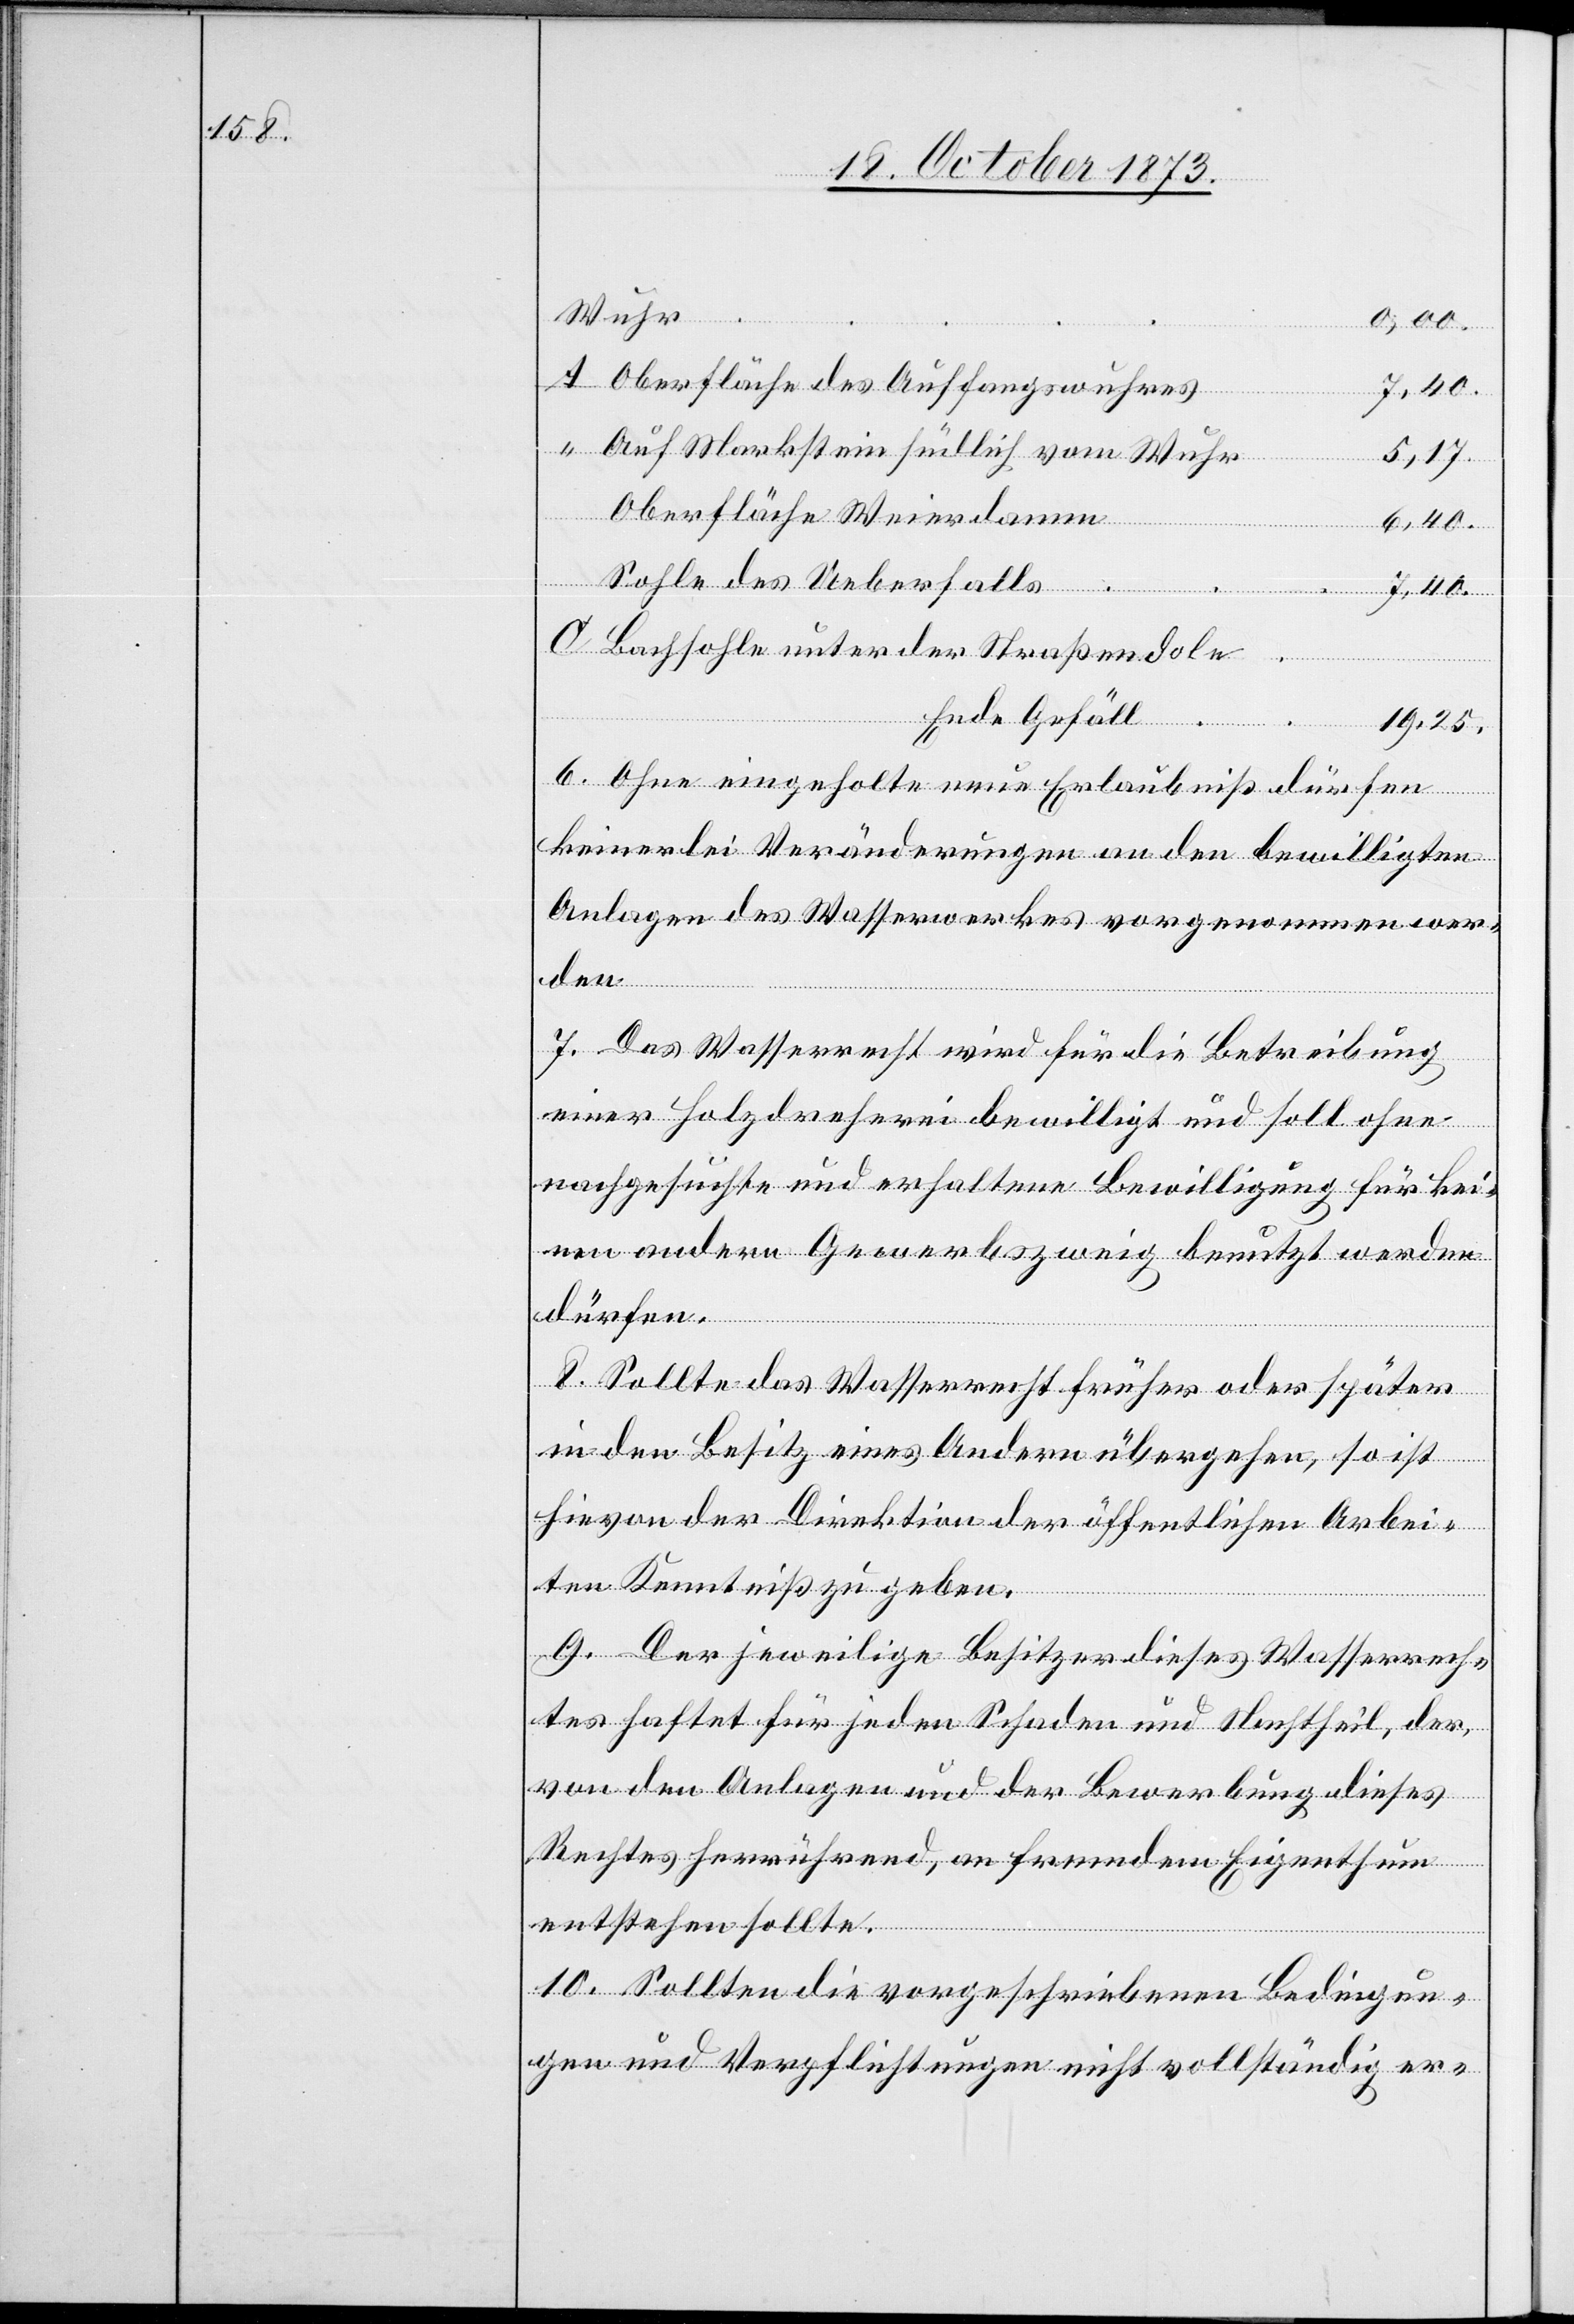
Wuhr
0,00.
Oberfläche des Auffangswuhres
7,40.
Auf Markstein südlich vom Wuhr
5,17.
Oberfläche Weierdamm
6,40.
Sohle des Ueberfalls
7,40.
Bachsohle unter der Straßendole
Ende Gefäll
19,25.
6. Ohne eingeholte neue Erlaubniß dürfen
keinerlei Veränderungen an den bewilligten
Anlagen des Wasserwerkes vorgenommen wer¬
den.
7. Das Wasserrecht wird für die Betreibung
einer Holzdreherei bewilligt und soll ohne
nachgesuchte und erhaltene Bewilligung für kei¬
nen andern Gewerbszweig benutzt werden
dürfen.
8. Sollte das Wasserrecht früher oder später
in den Besitz eines Andern übergehen, so ist
hievon der Direktion der öffentlichen Arbei¬
ten Kenntniß zu geben.
9. Der jeweilige Besitzer dieses Wasserrech¬
tes haftet für jeden Schaden und Nachtheil, der,
von den Anlagen und der Bewerbung dieses
Rechtes herrührend, an fremdem Eigenthum
entstehen sollte.
10. Sollten die vorgeschriebenen Bedingun¬
gen und Verpflichtungen nicht vollständig er-